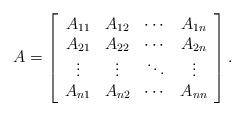
LaTeX: \begin{align*}A =\left[\begin{array}{cccc}A_{11} & A_{12} & \cdots & A_{1n} \\A_{21} & A_{22} & \cdots & A_{2n} \\\vdots & \vdots & \ddots & \vdots \\A_{n1} & A_{n2} & \cdots & A_{nn}\end{array}\right] .\end{align*}